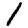
Digit: 1